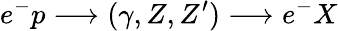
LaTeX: e^{-}p\longrightarrow(\gamma,Z,Z^{\prime})\longrightarrow e^{-}X